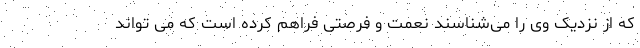
که از نزدیک وی را می‌شناسند نعمت و فرصتی فراهم کرده است که می تواند